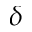
\delta